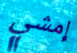
إمشي